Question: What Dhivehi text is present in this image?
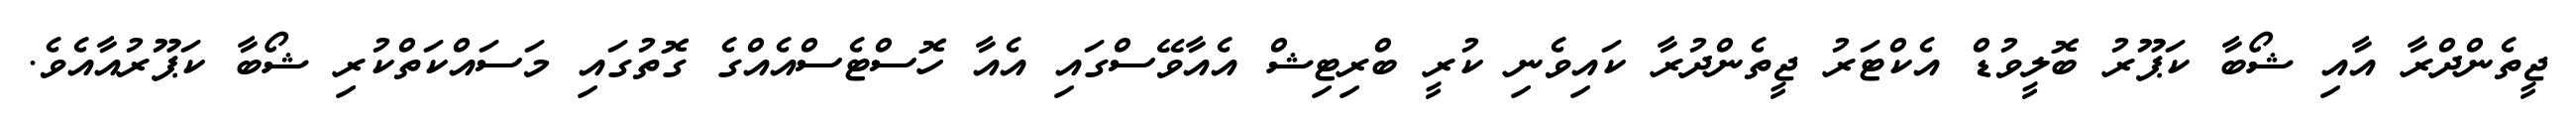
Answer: ޖީތެންދްރާ އާއި ޝޯބާ ކަޕޫރު ބޮލީވުޑް އެކްޓަރު ޖީތެންދުރާ ކައިވެނި ކުރީ ބްރިޓިޝް އެއާވޭސްގައި އެއާ ހޮސްޓެސްއެއްގެ ގޮތުގައި މަސައްކަތްކުރި ޝޯބާ ކަޕޫރުއާއެވެ.